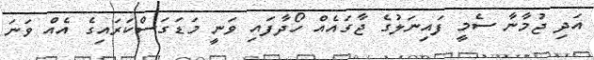
އަދި ޖުމާނާ ސެމީ ފައިނަލުގެ ޖާގައެއް ހޯދާފައި ވަނީ މަޑަގަސްކަރައިގެ އެއް ވަނަ